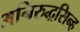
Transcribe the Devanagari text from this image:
अनिरुद्धसिन्ह